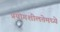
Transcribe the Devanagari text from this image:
प्रयोगशीलतेमध्ये